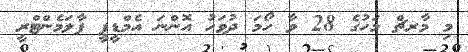
މި މާރޗް މަހުގެ 28 ވާ ހޯމަ ދުވަހު އޮންނަ އެމްޑީޕީ ޕާލަމެންޓްރީ